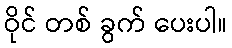
ဝိုင် တစ် ခွက် ပေးပါ။